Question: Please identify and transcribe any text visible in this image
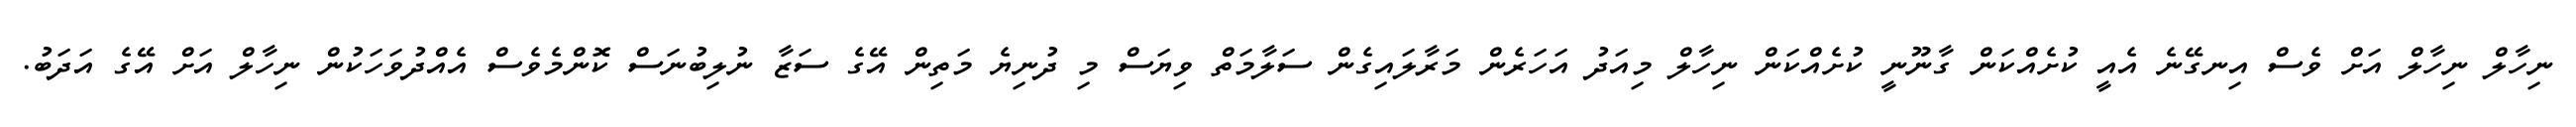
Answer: ނިހާލް ނިހާލް އަށް ވެސް އިނގޭނެ އެއީ ކުށެއްކަން ގާނޫނީ ކުށެއްކަން ނިހާލް މިއަދު އަހަރެން މަރާލައިގެން ސަލާމަތް ވިޔަސް މި ދުނިޔެ މަތިން އޭގެ ސަޒާ ނުލިބުނަސް ކޮންމެވެސް އެއްދުވަހަކުން ނިހާލް އަށް އޭގެ އަދަބު.